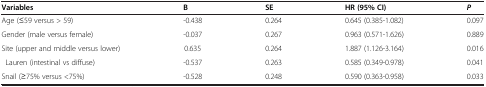
<table><thead><tr><td><b>Variables</b></td><td><b>B</b></td><td><b>SE</b></td><td><b>HR (95% CI)</b></td><td><b><i>P</i></b></td></tr></thead><tbody><tr><td>Age (≤59 versus &gt; 59)</td><td>-0.438</td><td>0.264</td><td>0.645 (0.385-1.082)</td><td>0.097</td></tr><tr><td>Gender (male versus female)</td><td>-0.037</td><td>0.267</td><td>0.963 (0.571-1.626)</td><td>0.889</td></tr><tr><td>Site (upper and middle versus lower)</td><td>0.635</td><td>0.264</td><td>1.887 (1.126-3.164)</td><td>0.016</td></tr><tr><td> Lauren (intestinal vs diffuse)</td><td>-0.537</td><td>0.263</td><td>0.585 (0.349-0.978)</td><td>0.041</td></tr><tr><td>Snail (≥75% versus &lt;75%)</td><td>-0.528</td><td>0.248</td><td>0.590 (0.363-0.958)</td><td>0.033</td></tr></tbody></table>